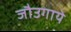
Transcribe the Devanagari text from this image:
जौउगाये